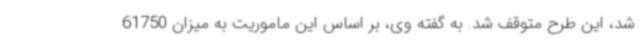
شد، این طرح متوقف شد. به گفته وی، بر اساس این ماموریت به میزان 61750